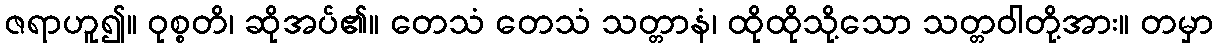
ဇရာဟူ၍။ ဝုစ္စတိ၊ ဆိုအပ်၏။ တေသံ တေသံ သတ္တာနံ၊ ထိုထိုသို့သော သတ္တဝါတို့အား။ တမှာ